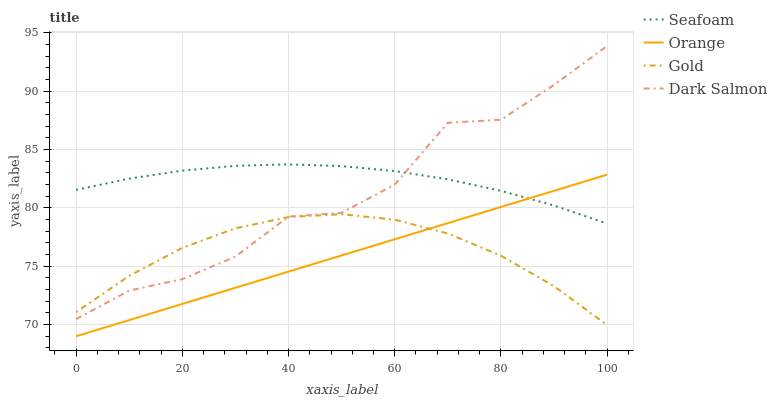
| xaxis_label | Seafoam | Orange | Gold | Dark Salmon |
 | --- | --- | --- | --- | --- |
 | 0 | 81.5 | 69 | 71.1 | 70.5 |
 | 10 | 82.5 | 70.4 | 74.2 | 72.9 |
 | 20 | 83.2 | 71.8 | 76.6 | 73.9 |
 | 30 | 83.6 | 73.2 | 78.3 | 75.8 |
 | 40 | 83.7 | 74.5 | 79.2 | 79.3 |
 | 50 | 83.6 | 75.9 | 79.5 | 79.6 |
 | 60 | 83.2 | 77.3 | 79 | 82 |
 | 70 | 82.5 | 78.7 | 77.8 | 87.3 |
 | 80 | 81.5 | 80.1 | 75.9 | 87.6 |
 | 90 | 80.2 | 81.5 | 73.3 | 90.5 |
 | 100 | 78.7 | 82.8 | 70 | 93.9 |